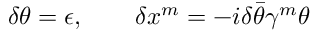
\delta \theta = \epsilon , \qquad \delta x ^ { m } = - i \delta \bar { \theta } \gamma ^ { m } \theta